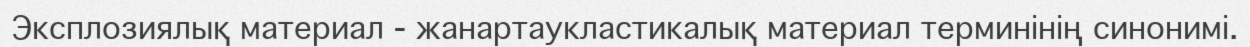
Эксплозиялық материал - жанартаукластикалық материал терминінің синонимі.